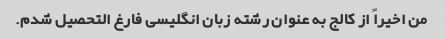
من اخیراً از کالج به عنوان رشته زبان انگلیسی فارغ التحصیل شدم.